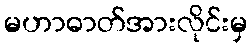
မဟာဓာတ်အားလိုင်းမှ